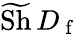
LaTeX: \widetilde{\textup{Sh}}\, D_{\mathrm{~f~}}